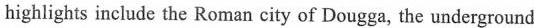
highlights include the Roman city of Dougga, the underground